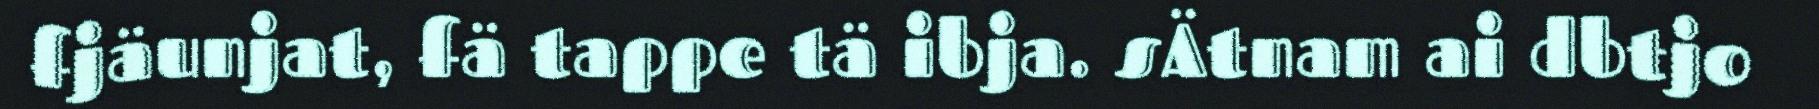
fjäunjat, fä tappe tä ibja. sÄtnam ai dbtjo